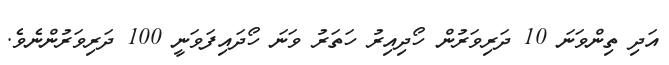
އަދި ތިންވަނަ 10 ދަރިވަރުން ހޯދިއިރު ހަތަރު ވަނަ ހޯދައިފަވަނީ 100 ދަރިވަރުންނެވެ.